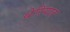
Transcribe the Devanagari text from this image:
थेरियात